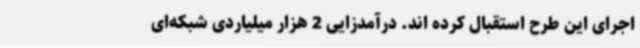
اجرای این طرح استقبال کرده اند. درآمدزایی 2 هزار میلیاردی شبکه‌ای